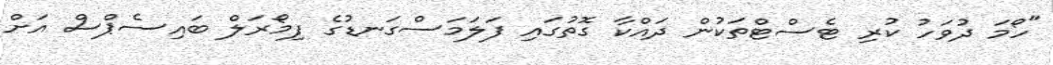
"ހޯމަ ދުވަހު ކުރި ޓެސްޓްތަކުން ދައްކާ ގޮތުގައި ފަލަމަސްގަނޑުގެ ފިމޯރަލް ބައިސެޕްސް އަށް